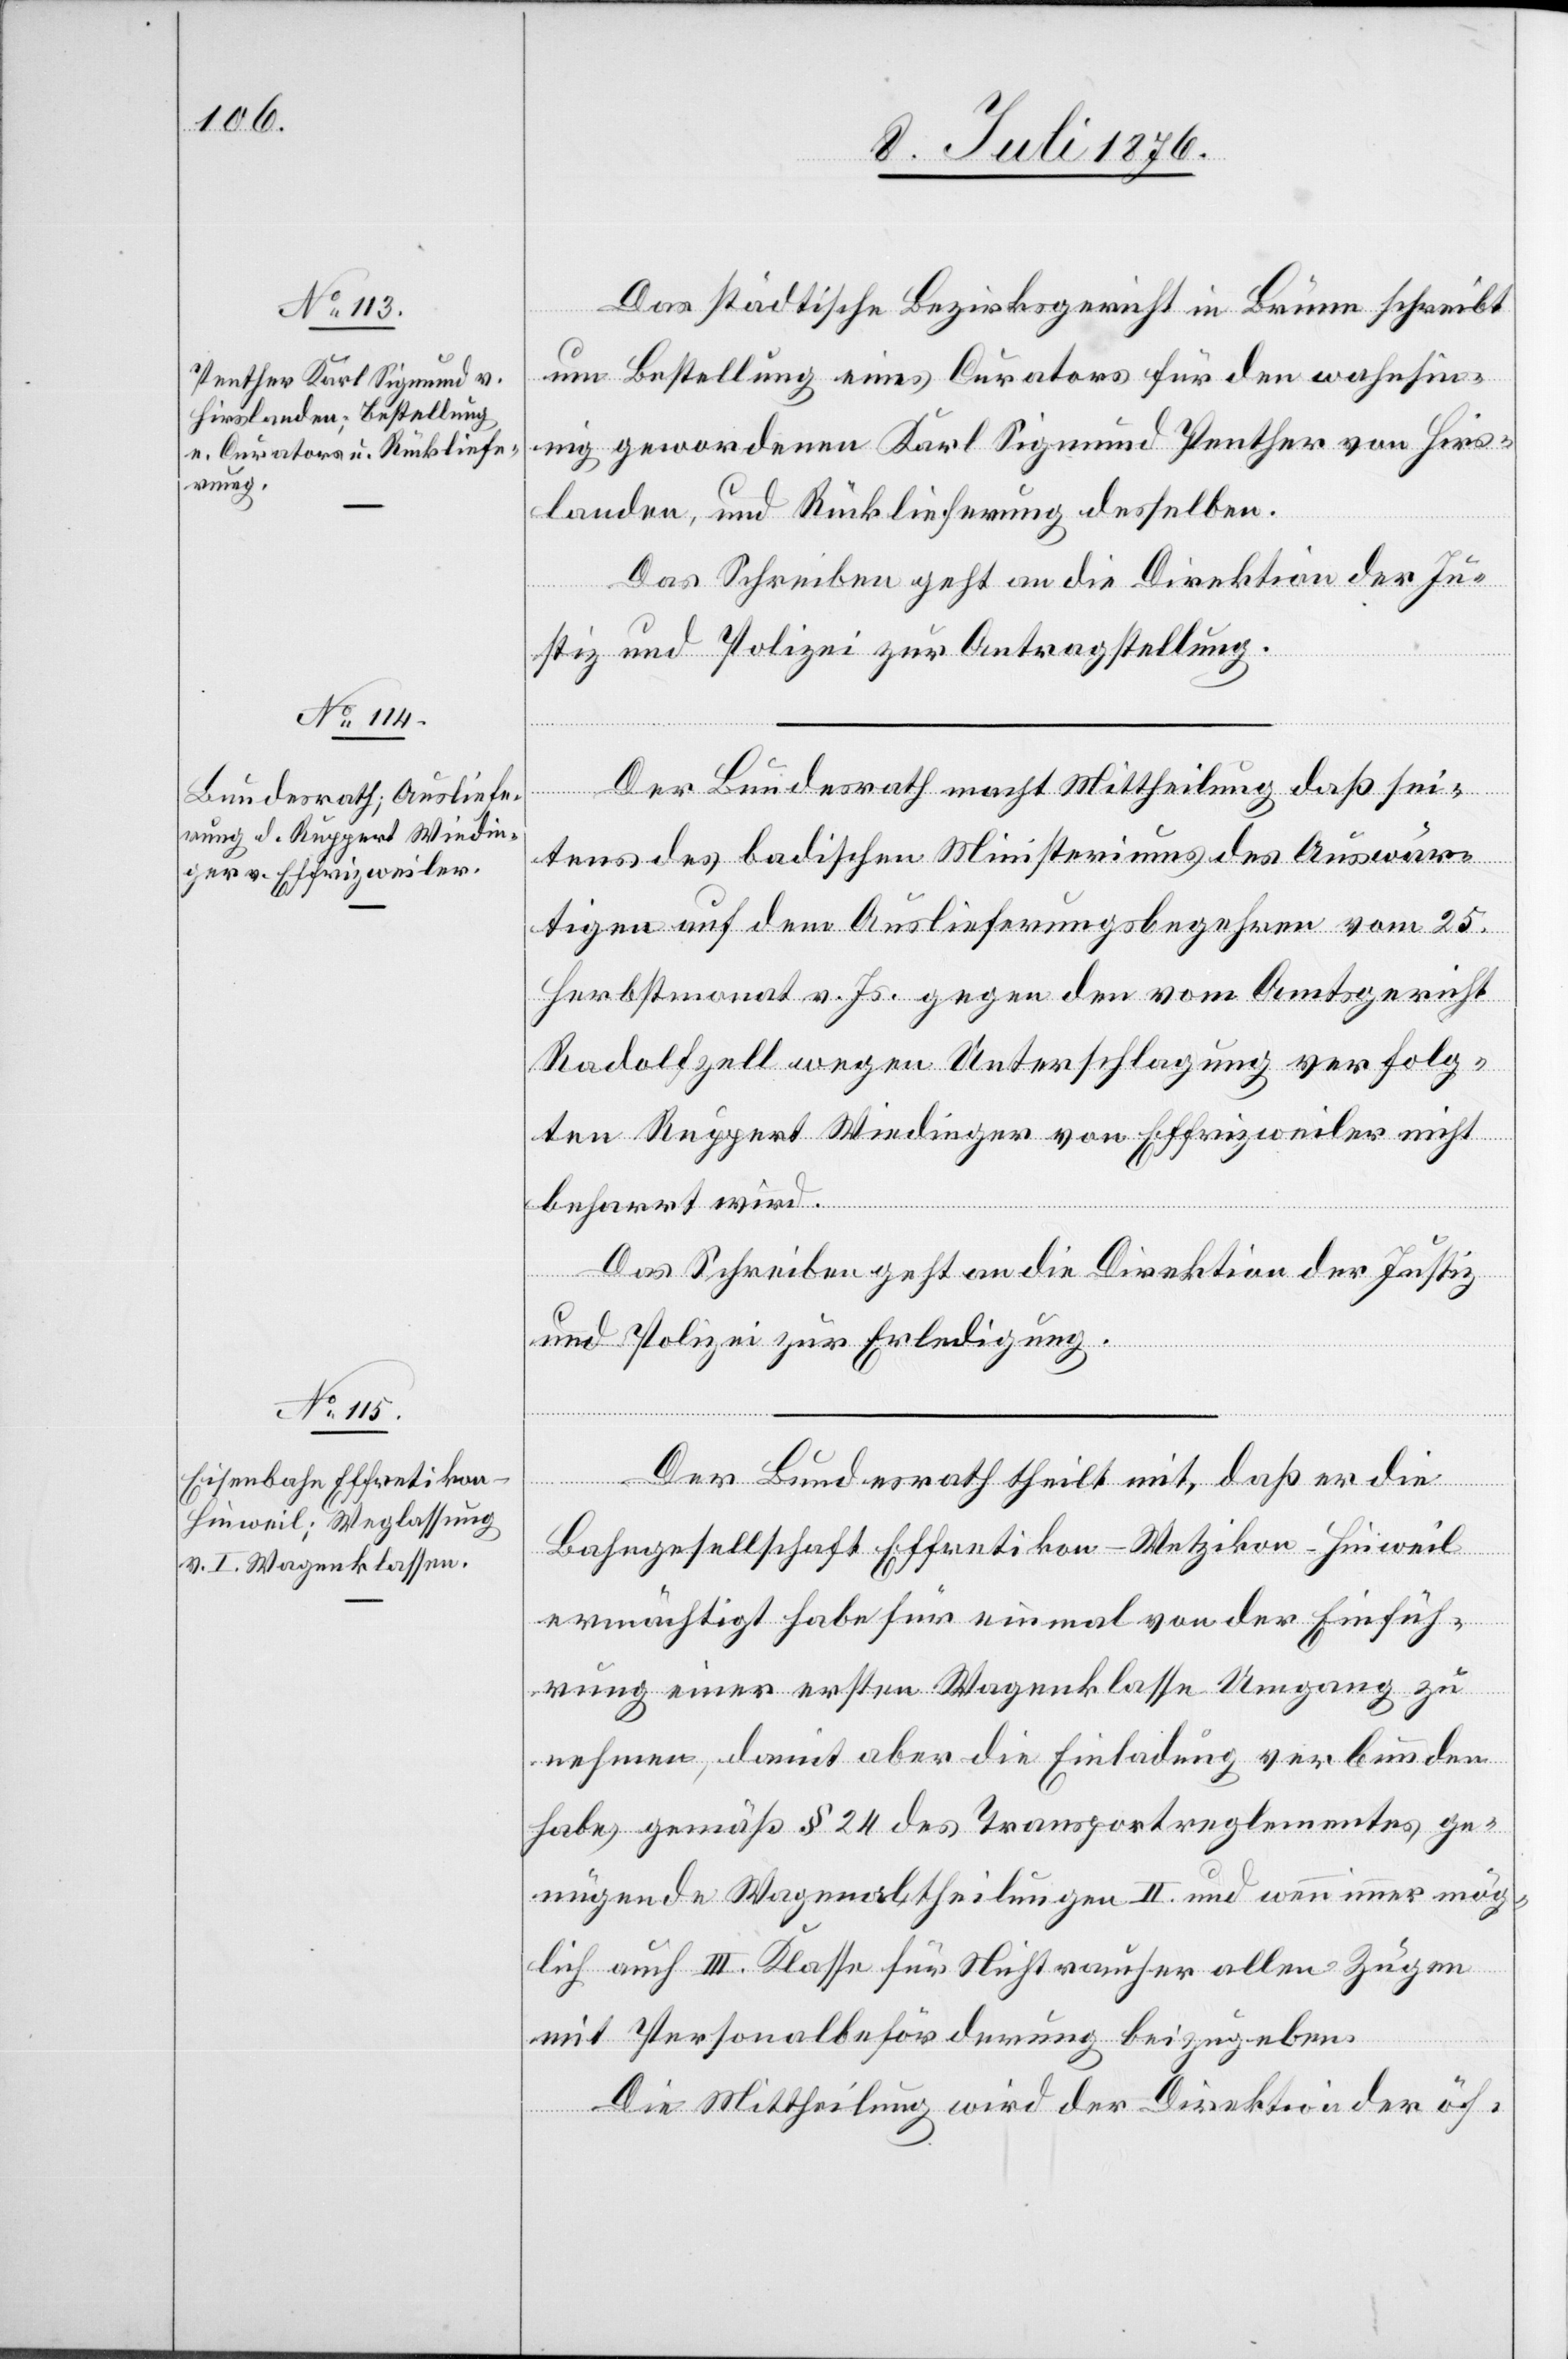
13. Juli 1876.]
Das städtische Bezirksgericht in Brünn schreibt
um Bestellung eines Curators für den wahnsin¬
nig gewordenen Karl Sigmund Panther von Hirs¬
landen, und Rücklieferung desselben.
Das Schreiben geht an die Direktion der Ju¬
stiz und Polizei zur Antragstellung.
Der Bundesrath macht Mittheilung daß sei¬
tens des badischen Ministeriums des Auswär¬
tigen auf dem Auslieferungsbegehren vom 25.
Herbstmonat v. Js. gegen den vom Amtsgericht
Radolfzell wegen Unterschlagung verfolg¬
ten Ruppert Wiedinger von Effrizweiler nicht
beharrt wird.
Das Schreiben geht an die Direktion der Justiz
und Polizei zur Erledigung.
Der Bundesrath theilt mit, daß er die
Bahngesellschaft Effretikon–Wetzikon–Hinweil
ermächtigt habe für einmal von der Einfüh¬
rung einer ersten Wagenklasse Umgang zu
nehmen, damit aber die Einladung verbunden
habe, gemäß § 24 des Transportreglementes ge¬
nügende Wagenabtheilungen II. und wenn immer mög¬
lich auch III. Klasse für Nichtraucher allen Zügen
mit Personalbeförderung beizugeben.
Die Mittheilung wird der Direktion der öf-